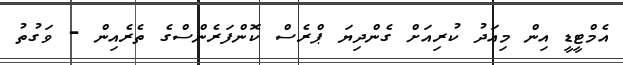
އެމްޓީޑީ އިން މިއަދު ކުރިއަށް ގެންދިޔަ ޕްރެސް ކޮންފަރެންސްގެ ތެރެއިން - ވަގުތު